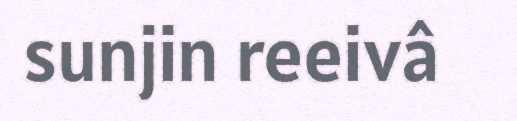
sunjin reeivâ